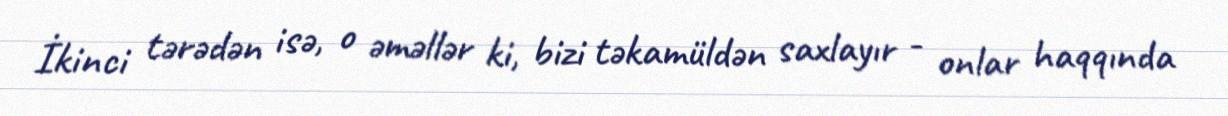
İkinci tərədən isə, o əməllər ki, bizi təkamüldən saxlayır - onlar haqqında